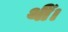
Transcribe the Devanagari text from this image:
थीँ।